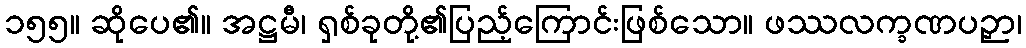
၁၅၅။ ဆိုပေ၏။ အဋ္ဌမီ၊ ရှစ်ခုတို့၏ပြည့်ကြောင်းဖြစ်သော။ ဖဿလက္ခဏပဉှာ၊